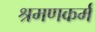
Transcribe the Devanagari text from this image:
श्रमणकर्म